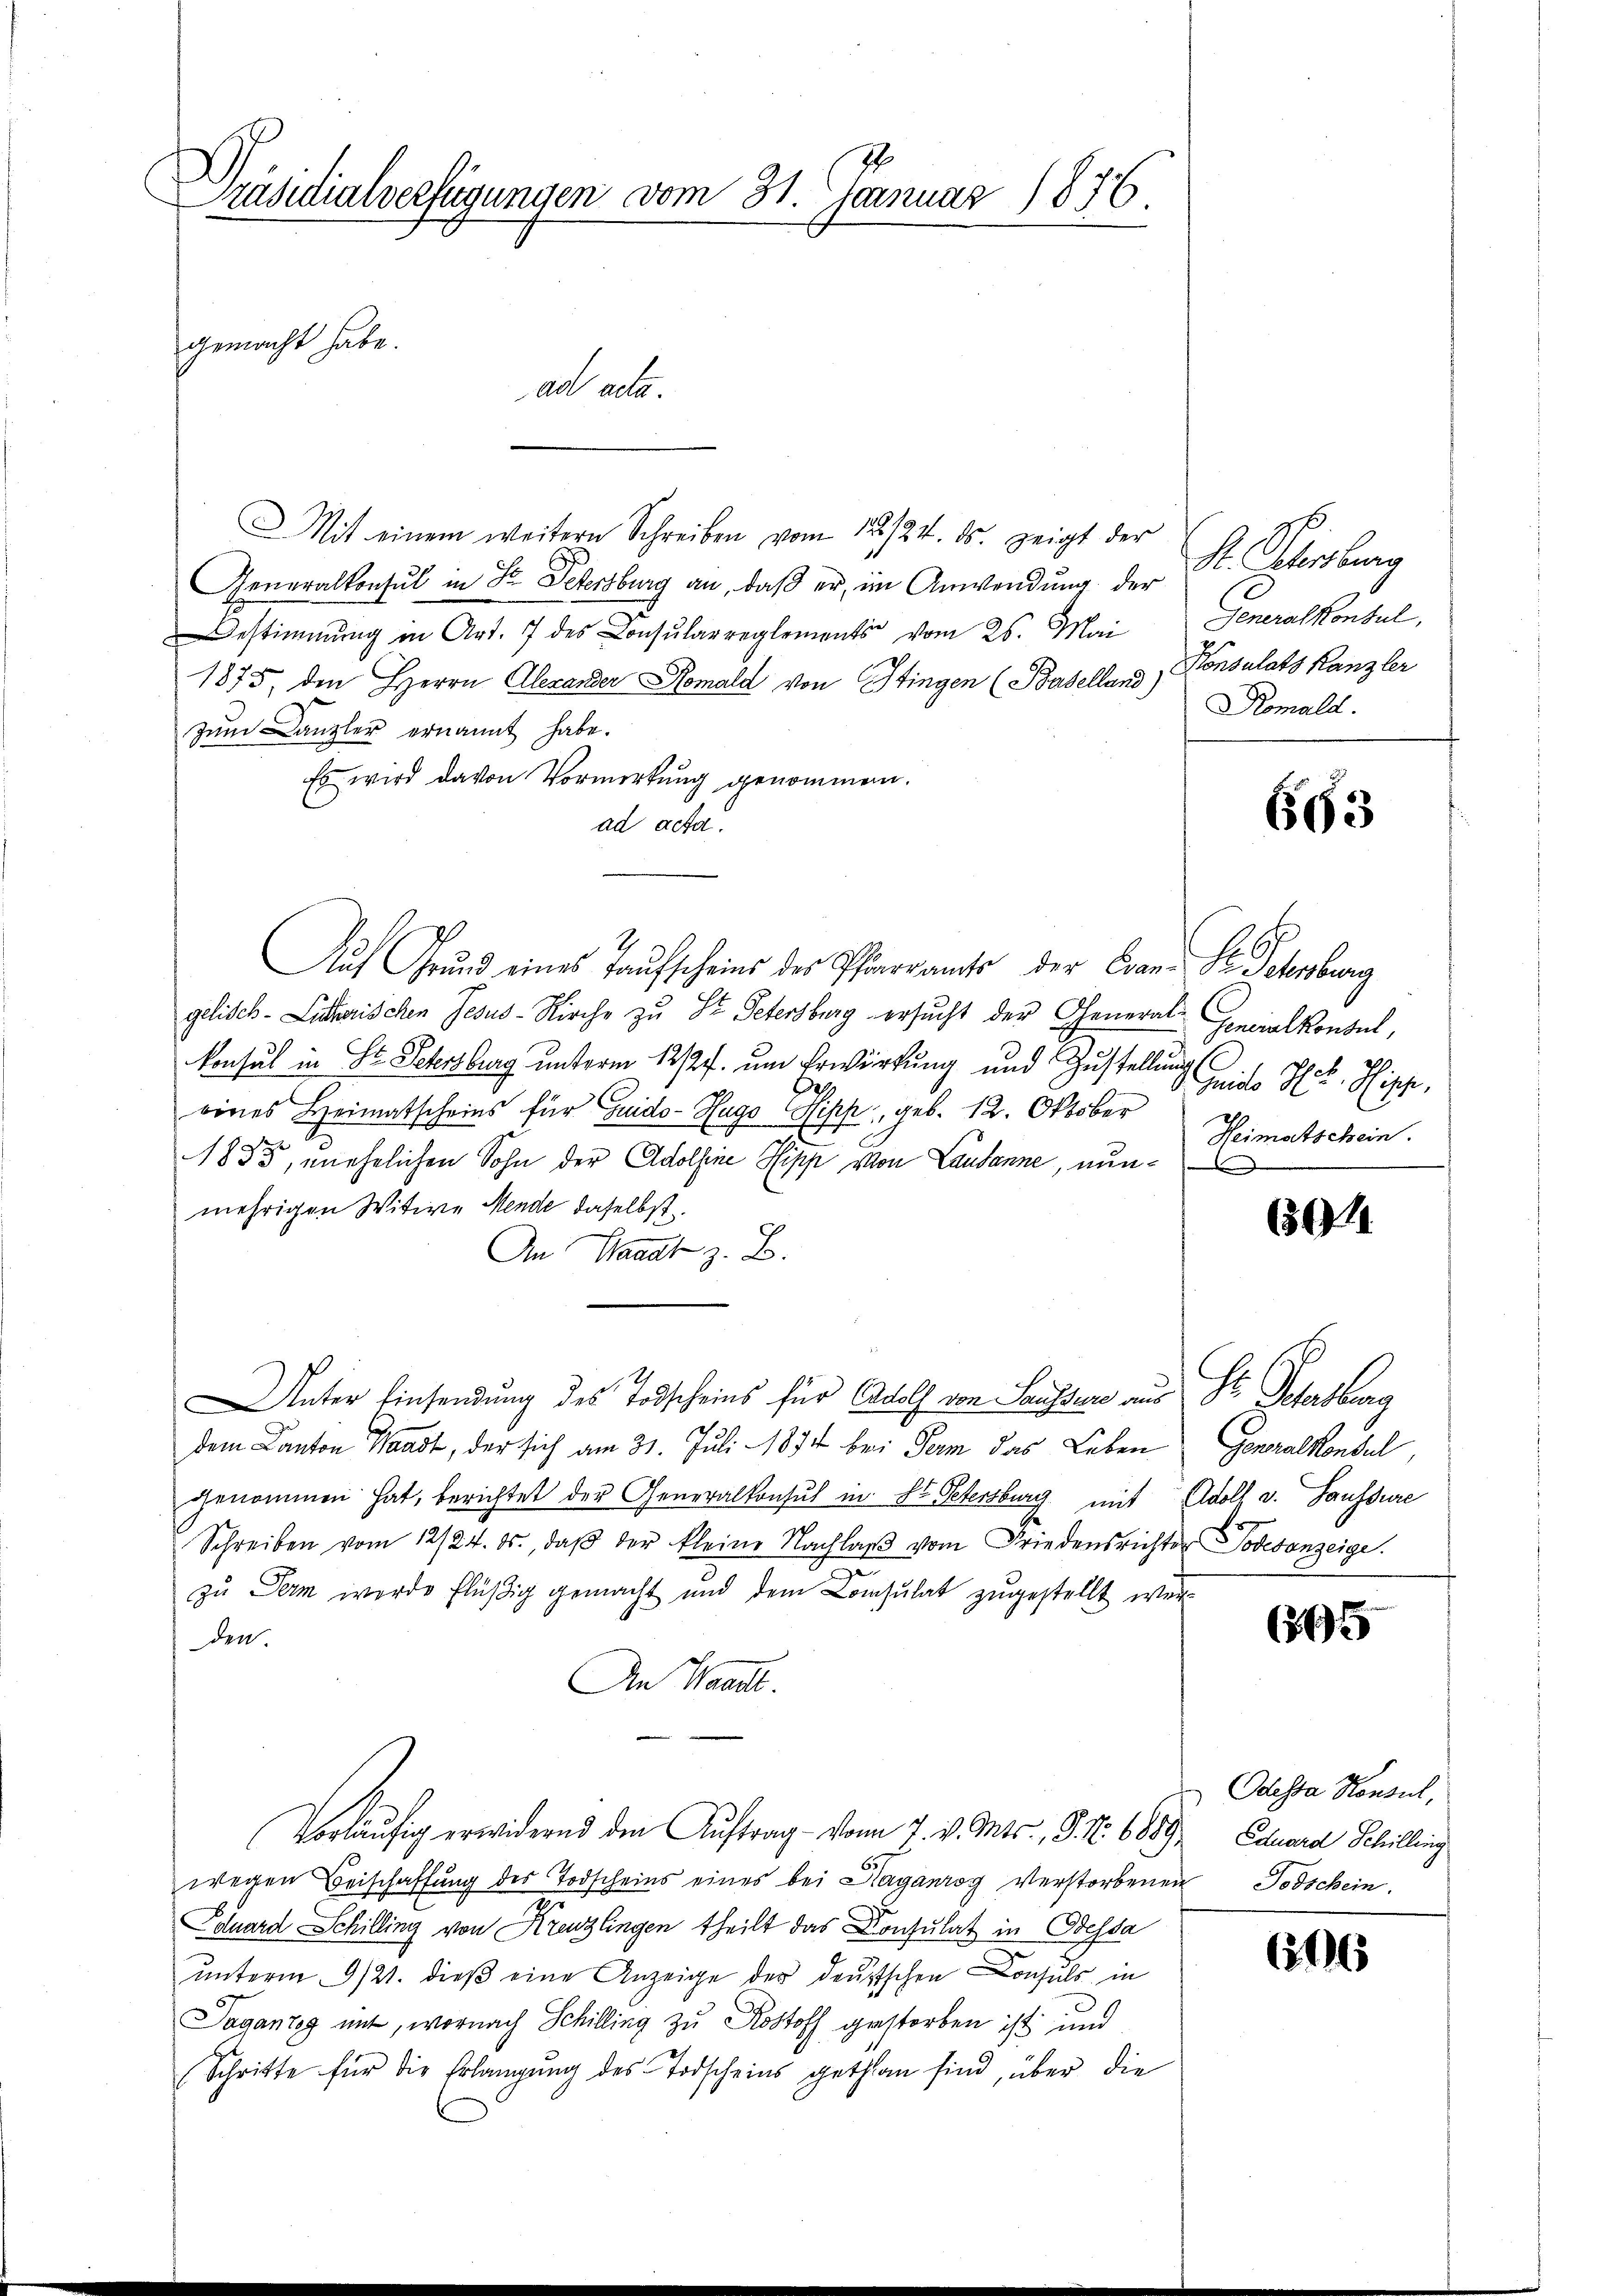
räsidialverfügungen vom 31. Januar 1876.
gemacht habe.
ad acta.

Mit einem weitern Schreiben vom 12./24. ds. zeigt der
Generalkonsul in St. Petersburg an, daß er, im Anwendung der
estimmung in Art. 7 des Consularreglements vom 26. Mai
1875, den Herrn Alexander Nomald von Stingen (Baselland)
zum Canzler ernannt habe.
Es wird davon Vormerkung genommen.
ad acta.
2
Aŭf Grŭnd eines Kaŭfscheins des Pfarrams der Cran- St. Petersburg
gelisch-Litherischen Jesus-Kirche zu Dr. Petersburg ersucht der General-Specialkonsul,
konsul in St. Petersburg unterm 12/27. um Erwirkung und Zustellung
eines Heimatscheins für Guido- Hugo Pipp, geb. 12. Oktober
1885, unehelichen Sohn der Adolfine Hipp von Lausanne, nunmehrigen Witwe Mende daselbst.
An Waadt z. B.
Unter Einsendung des Todscheins für Adolf von Sausser aus St. Petersburg
dem Canton Waadt, der sich am 31. Juli 1874 bei Form das Leben
genommen hat, berichtet der Generalkonsul in St. Petersburg mit Adolf v. Hausdure
Schreiben vom 12/24. ds., daβ der kleine Nachlaβ vom Friedensrichter Todesanzeige.
.
zu Perm werde flüßig gemacht und dem Consulat zugestellt wer
den.
An Waadt.
Vorläufig erwidernd den Auftrag vom 7. v. Mts., P. Nr. 6889. Eduard Schilling
wegen Beischaffung des Todscheins eines bei Haganroy verstorbenen Todschein.
Eduard Schilling von Kreuzlingen theilt das Konsulat in Dessa
ŭnterm 9/21. dieβ eine Anzeige der deutschen Consuls in
Pagantag mit, wornach Schilling zu Rostoff gestorben ist und
Schritte für die Erlangŭng des Todscheins gethan sind, über die

R. Scherung
Generalkonsul,
Konsulats Kanzler
Romald.

693

eilte Hr. Pippe,
Heimatschein.
e
A

30

Generalkonsul

(265

Odessa Konsul,

656